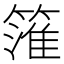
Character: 𥲱